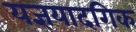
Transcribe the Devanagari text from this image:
यज्ञयादगिक